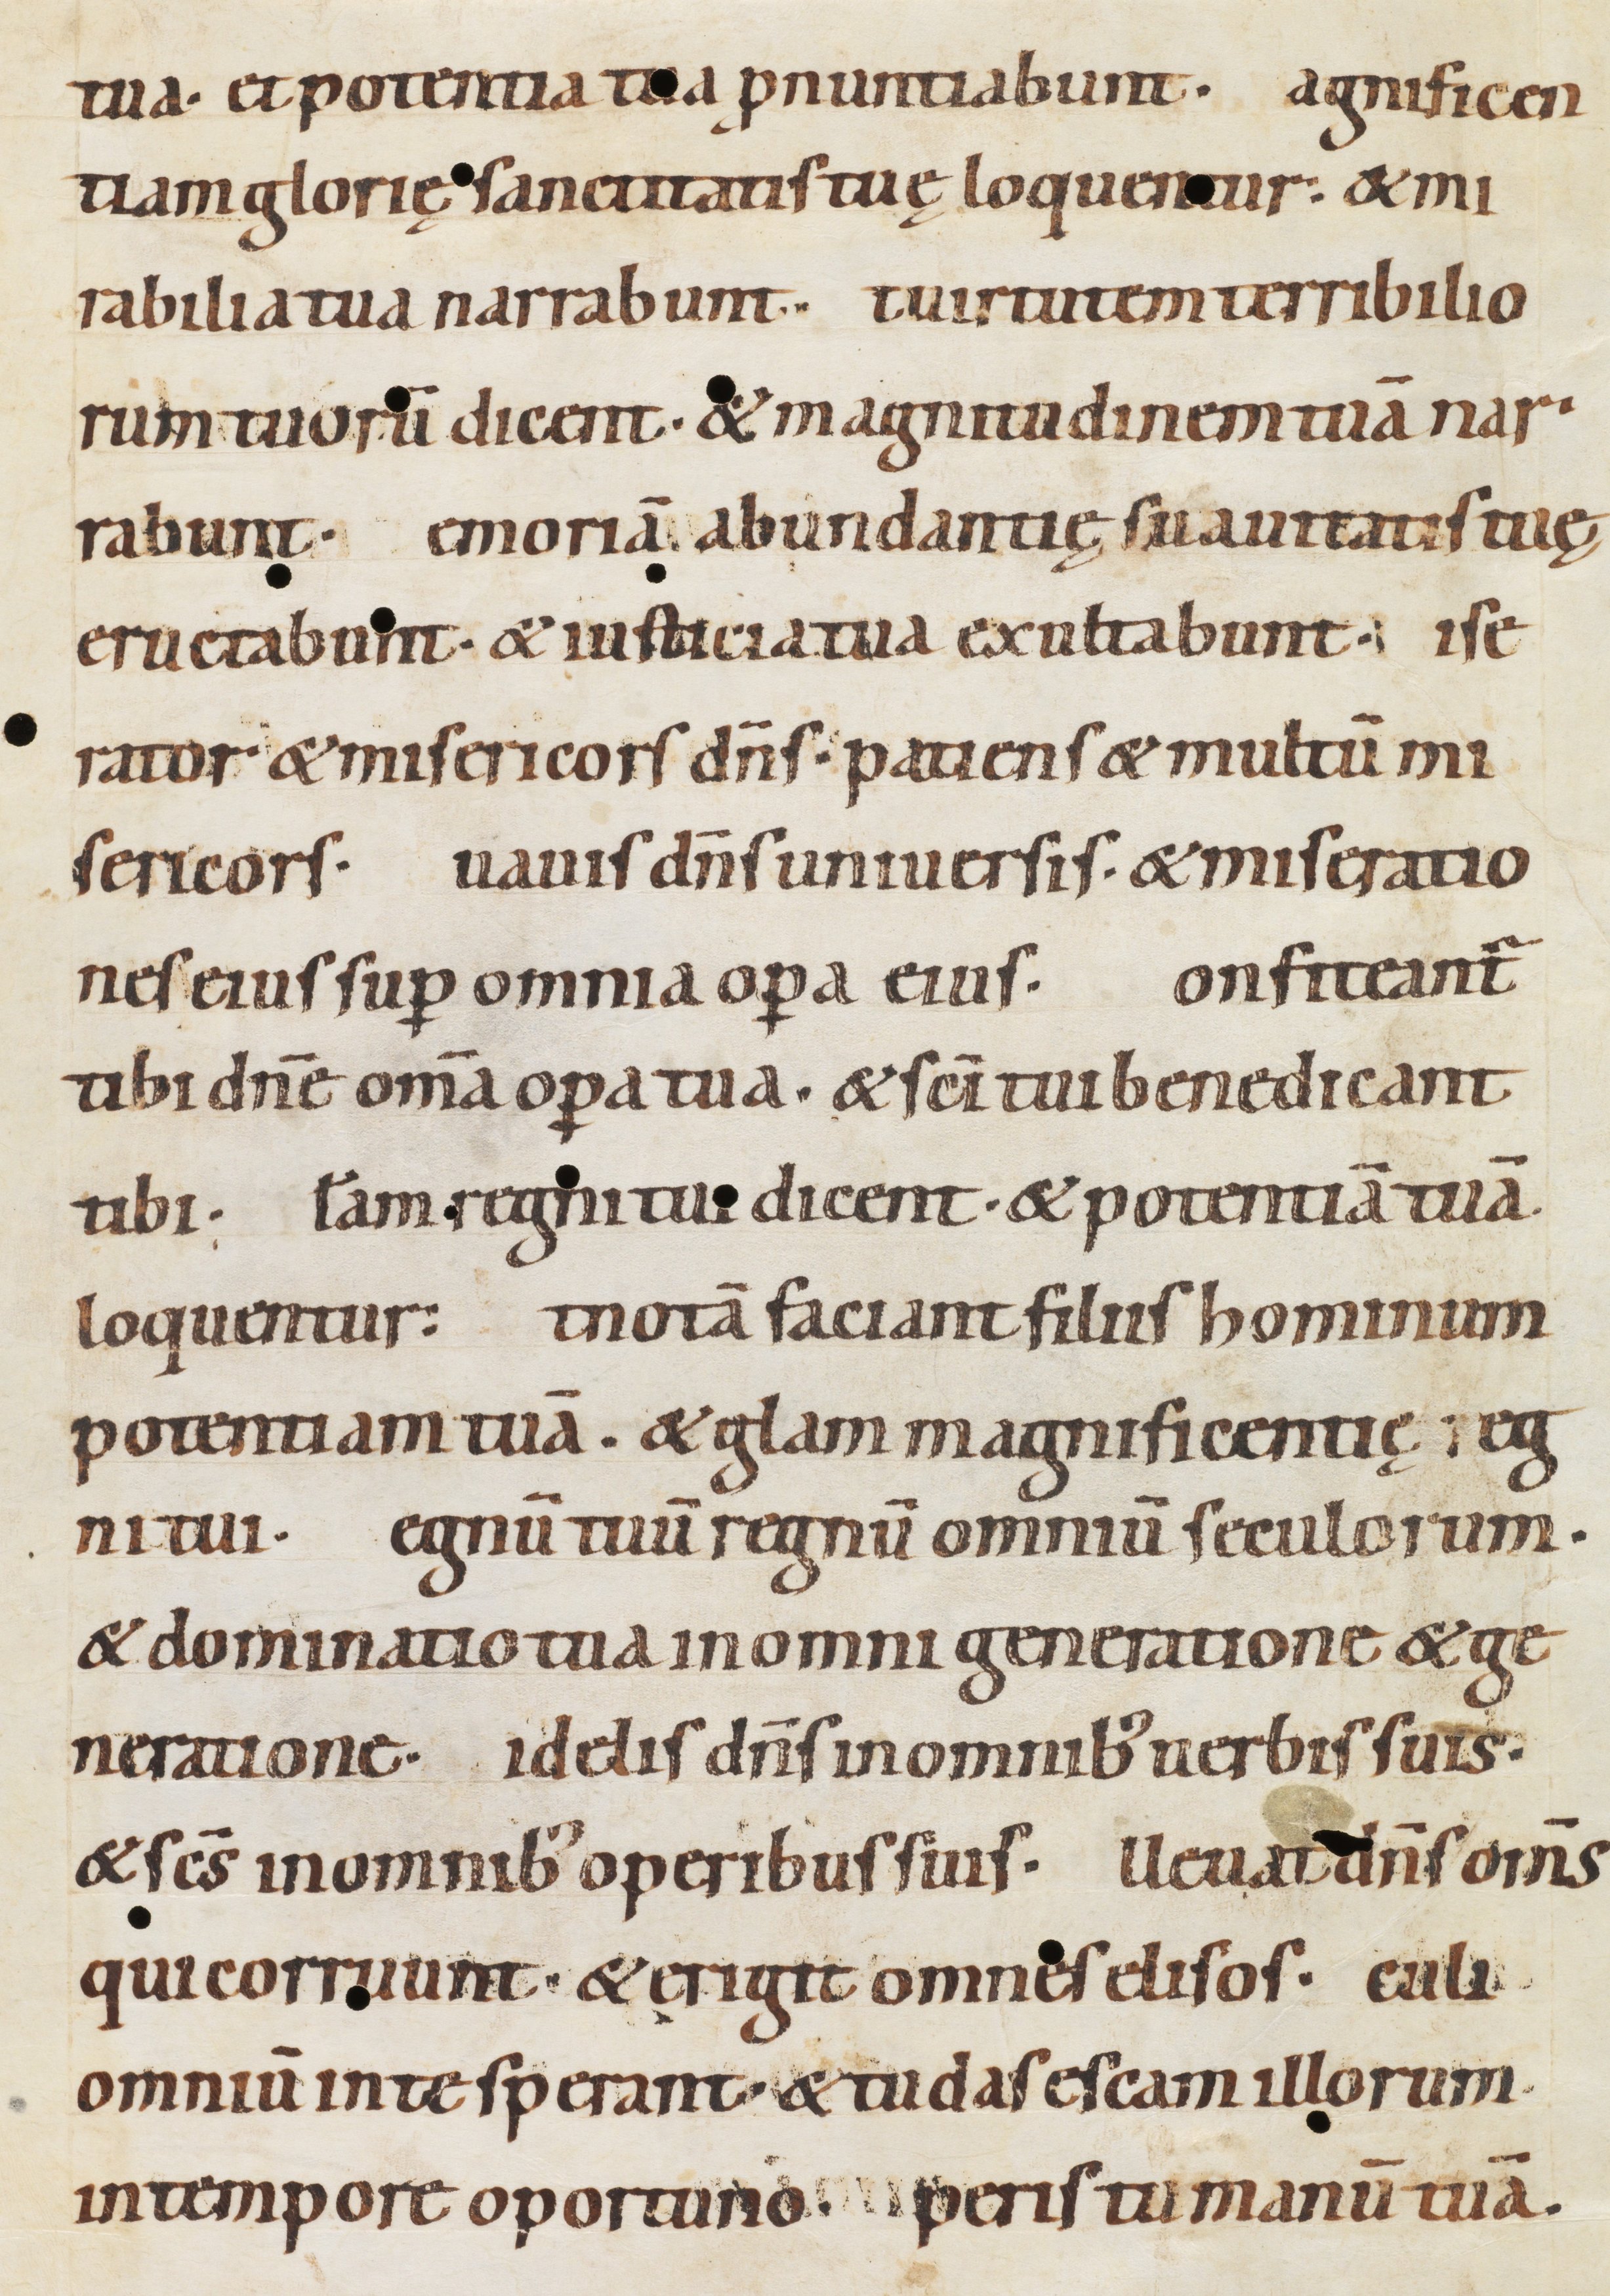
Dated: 1080–1096